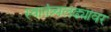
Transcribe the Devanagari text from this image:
स्वातंत्र्यलढ्यावर